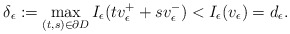
\begin{align*}\delta_\epsilon:= \max_{(t,s) \in \partial D} I_\epsilon( tv_\epsilon^+ + sv_\epsilon^-) < I_\epsilon(v_\epsilon) = d_\epsilon.\end{align*}